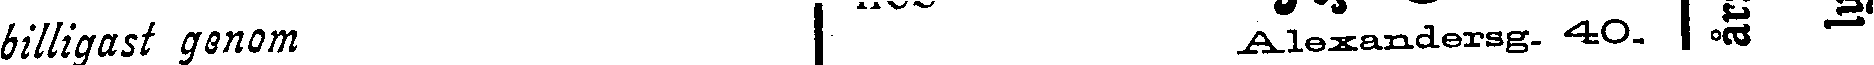
billigast genom  Alexandersg. 40. # #